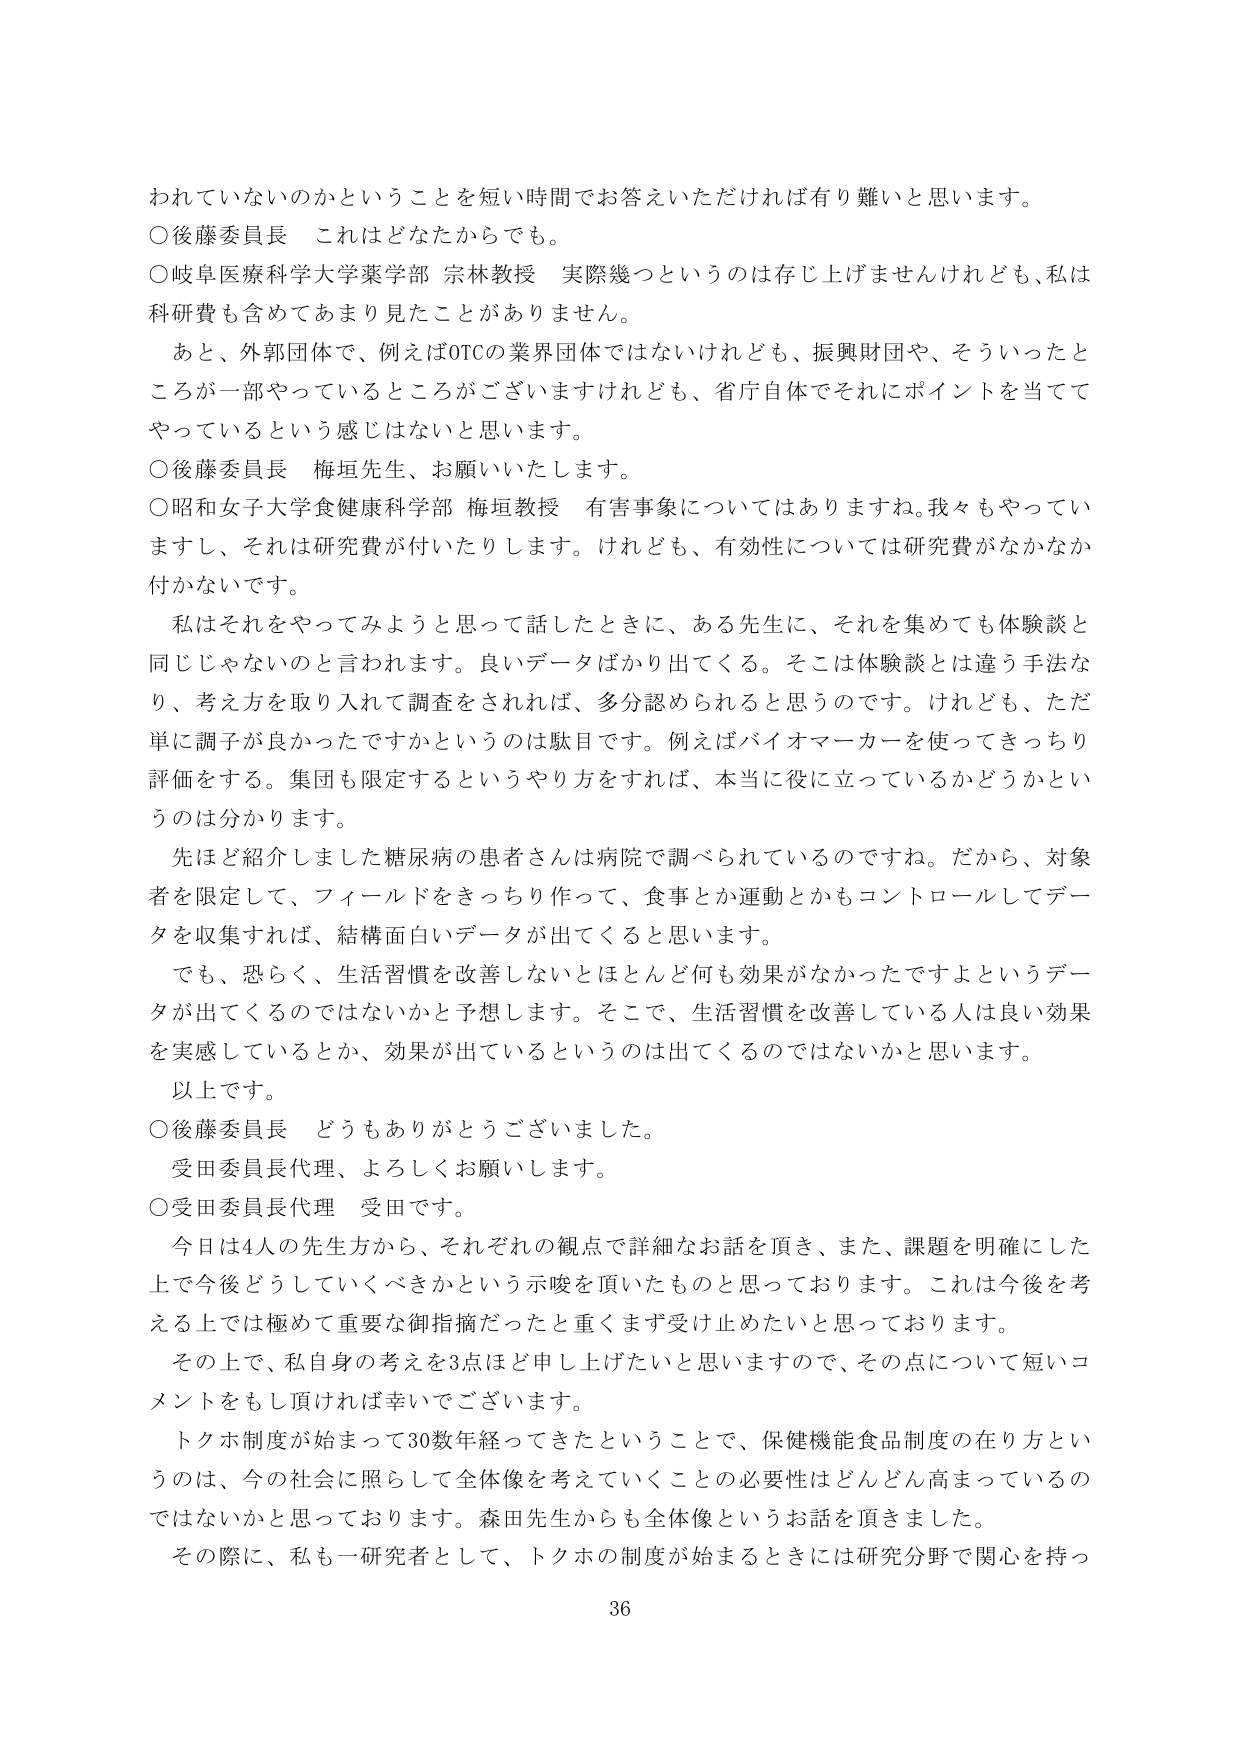
われていないのかということを短い時間でお答えいただければ有り難いと思います。

○後藤委員長　これはどなたからでも。

○岐阜医療科学大学薬学部 宗林教授　実際幾つというのは存じ上げませんけれども、私は科研費も含めてあまり見たことがありません。

　あと、外郭団体で、例えばOTCの業界団体ではないけれども、振興財団や、そういったところが一部やっているところがございますけれども、省庁自体でそれにポイントを当ててやっているという感じはないと思います。

○後藤委員長　梅垣先生、お願いいたします。

○昭和女子大学食健康科学部 梅垣教授　有害事象についてはありますね。我々もやっていきますし、それは研究費が付いたりします。けれども、有効性については研究費がなかなか付かないです。

　私はそれをやってみようと思って話したときに、ある先生に、それを集めても体験談と同じじゃないのと言われます。良いデータばかり出てくる。そこは体験談とは違う手法なり、考え方を取り入れて調査をされれば、多分認められると思うのです。けれども、ただ単に調子が良かったですかというのは駄目です。例えばバイオマーカーを使ってきっちり評価をする。集団も限定するというやり方をすれば、本当に役に立っているかどうかというのは分かります。

　先ほど紹介しました糖尿病の患者さんは病院で調べられているのですね。だから、対象者を限定して、フィールドをきっちり作って、食事とか運動とかもコントロールしてデータを収集すれば、結構面白いデータが出てくると思います。

　でも、恐らく、生活習慣を改善しないとほとんど何も効果がなかったですよというデータが出てくるのではないかと予想します。そこで、生活習慣を改善している人は良い効果を実感しているとか、効果が出ているというのは出てくるのではないかと思います。

　以上です。

○後藤委員長　どうもありがとうございました。

　受田委員長代理、よろしくお願いします。

○受田委員長代理　受田です。

　今日は4人の先生方から、それぞれの観点で詳細なお話を頂き、また、課題を明確にした上で今後どうしていくべきかという示唆を頂いたものと思っております。これは今後を考える上では極めて重要な御指摘だったと重くまず受け止めたいと思っております。

　その上で、私自身の考えを3点ほど申し上げたいと思いますので、その点について短いコメントをもしだければ幸いでございます。

　トクホ制度が始まって30数年経ってきたということで、保健機能食品制度の在り方というのは、今の社会に照らして全体像を考えていくことの必要性はどんどん高まっているのではないかと思っております。森田先生からも全体像というお話を頂きました。

　その際に、私も一研究者として、トクホの制度が始まるときには研究分野で関心を持っ

36